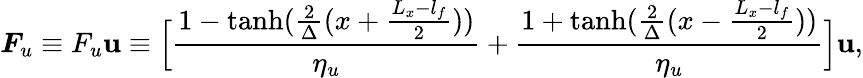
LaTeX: \boldsymbol{F}_{u}\equiv F_{u}\mathbf{u}\equiv\Big[\frac{1-\operatorname{tanh}(\frac{2}{\Delta}(x+\frac{L_{x}-l_{f}}{2}))}{\eta_{u}}+\frac{1+\operatorname{tanh}(\frac{2}{\Delta}(x-\frac{L_{x}-l_{f}}{2}))}{\eta_{u}}\Big]\mathbf{u},